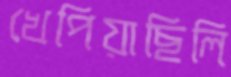
খেপিয়াছিলি